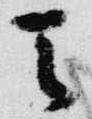
天